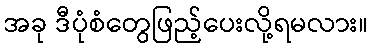
အခု ဒီပုံစံတွေဖြည့်ပေးလို့ရမလား။